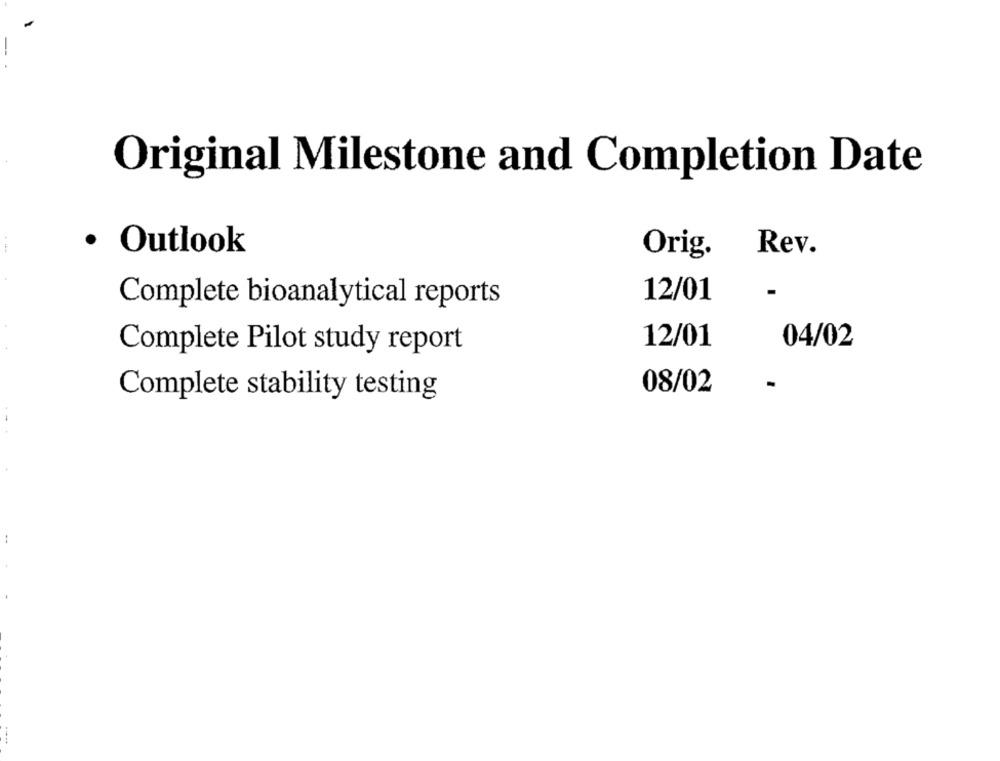
Original Milestone and Completion Date
· Outlook
Rev.
Orig.
-
12/01
Complete bioanalytical reports
12/01
04/02
Complete Pilot study report
08/02
Complete stability testing
-----